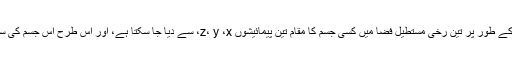
) ایک سمتیہ کو یوں لکھا جائے گا: مثال کے طور پر تین رُخی مستطیل فضا میں کسی جسم کا مقام تین پیمائیشوں z، y ،x، سے دیا جا سکتا ہے، اور اس طرح اس جسم کی سمتار بھی تین اعداد سے دی جا سکتی ہے۔